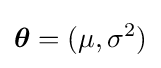
{\boldsymbol {\theta }}=(\mu ,\sigma ^{2})